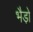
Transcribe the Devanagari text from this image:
भैडो़